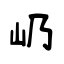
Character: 屷